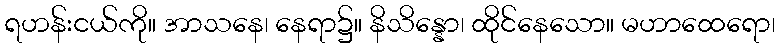
ရဟန်းငယ်ကို။ အာသနေ၊ နေရာ၌။ နိသိန္နော၊ ထိုင်နေသော။ မဟာထေရော၊